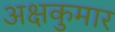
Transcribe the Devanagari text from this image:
अक्षकुमार